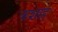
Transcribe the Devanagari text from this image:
कशाह